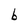
Character: b